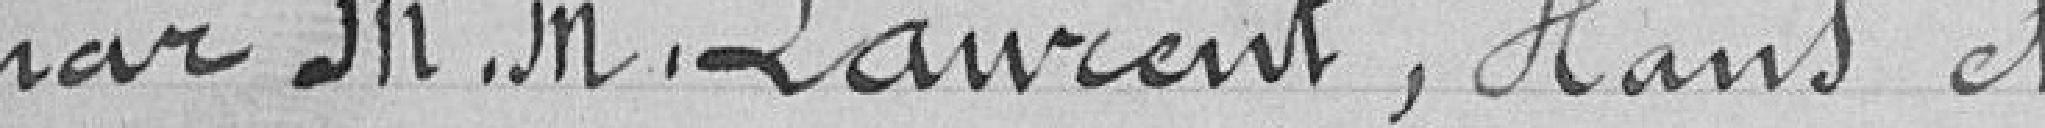
par Messieurs Laurent, Hans et